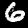
Label: 6